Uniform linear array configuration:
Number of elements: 8
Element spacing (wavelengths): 0.75
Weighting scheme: cosine
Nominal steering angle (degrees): -45
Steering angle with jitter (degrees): -43.418
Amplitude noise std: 0.05
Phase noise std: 0.05

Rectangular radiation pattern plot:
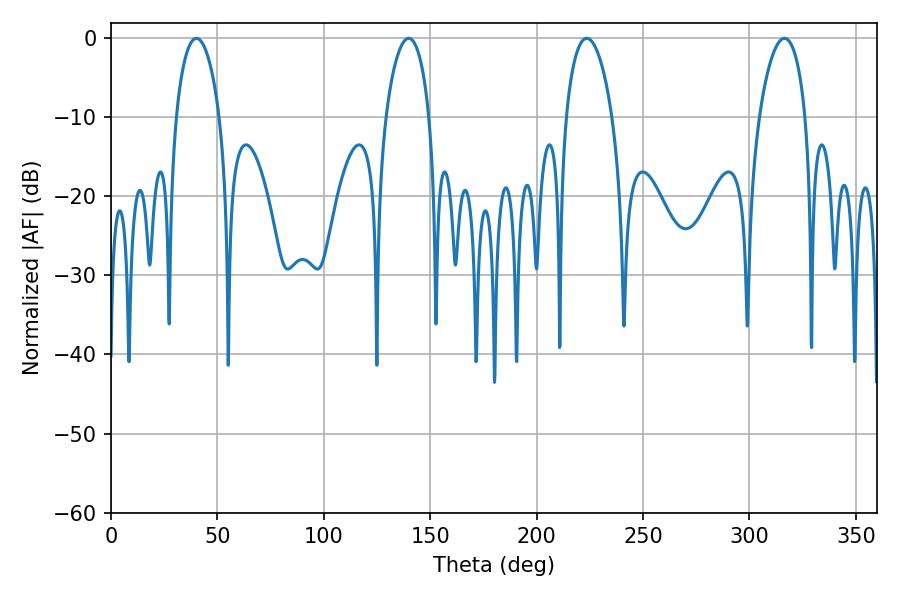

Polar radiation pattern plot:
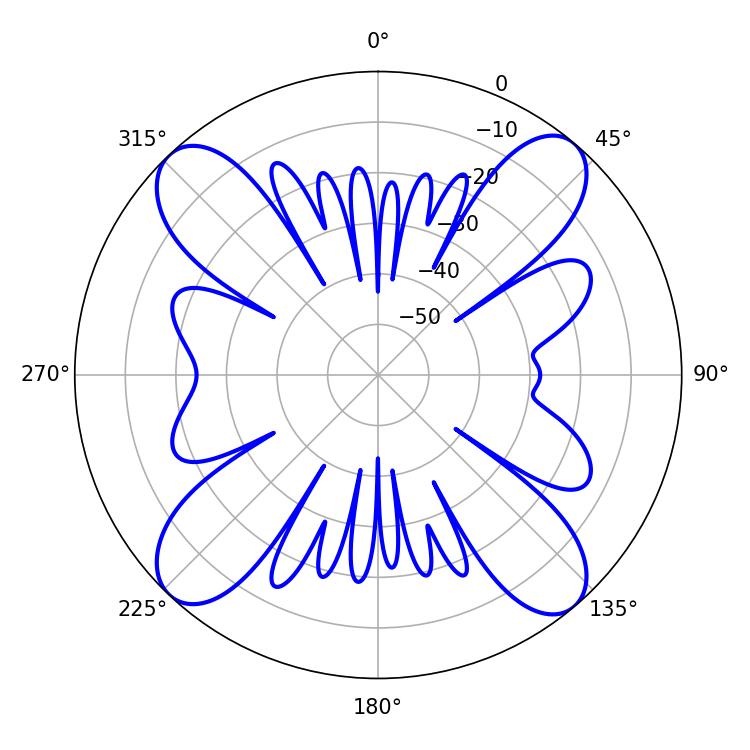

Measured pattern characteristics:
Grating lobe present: TRUE
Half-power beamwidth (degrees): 12.24
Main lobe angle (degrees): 223.56